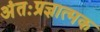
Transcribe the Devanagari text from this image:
अंतःप्रज्ञात्मक